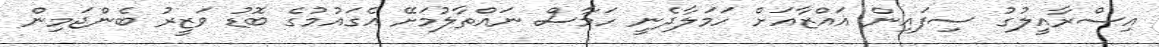
އިސްރާއީލުގު ސިފައިން ޣައްޒާއަށް ހަމަލާދެނީ ހަމާސް ނައްތާލުމަށޭ އެގައުމުގެ ބޮޑު ވަޒީރު ބެންޖަމިން